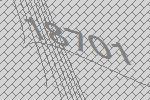
18701